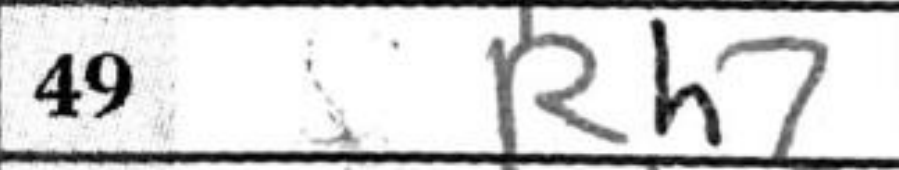
Transcription: Rh7